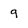
Character: 9